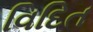
વિદિત